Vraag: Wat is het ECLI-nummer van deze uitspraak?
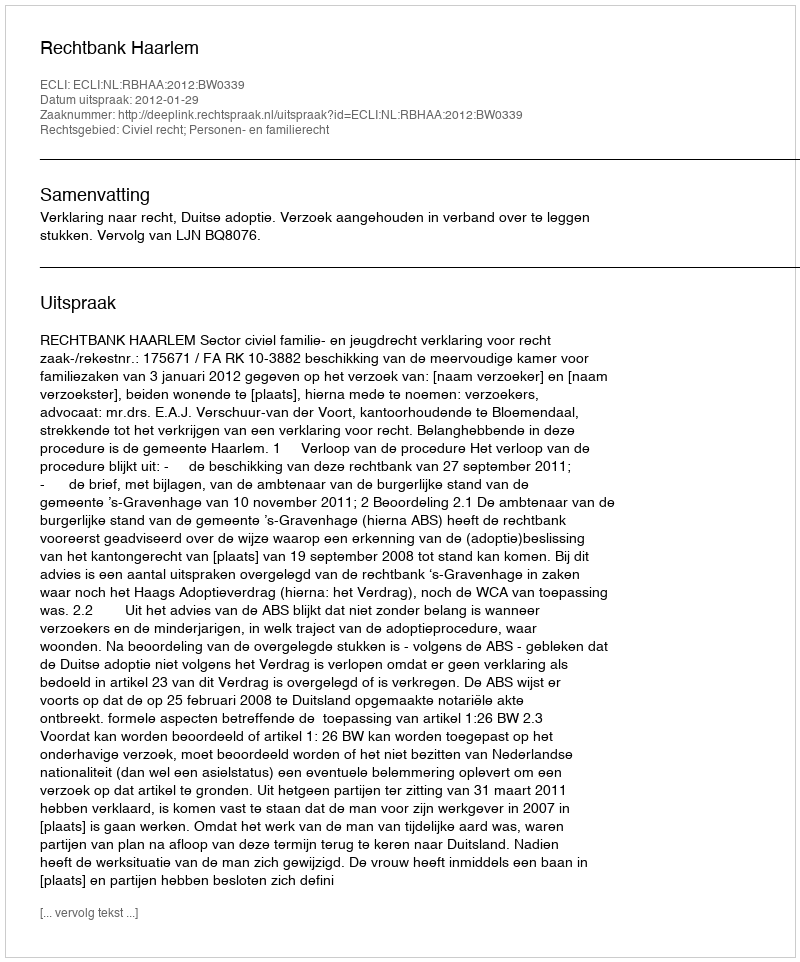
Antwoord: ECLI:NL:RBHAA:2012:BW0339